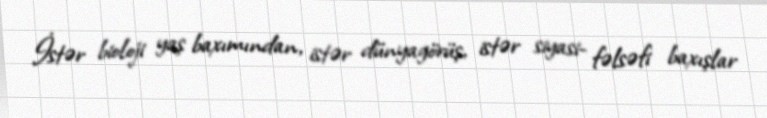
İstər bioloji yaş baxımından, istər dünyagörüş, istər siyasi- fəlsəfi baxışlar